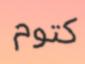
كتوم